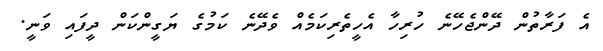
އެ ފަރާތުން ދޭންޖެހޭނެ ހުރިހާ އެހީތެރިކަމެއް ވެދޭނެ ކަމުގެ ޔަގީންކަން ދީފައި ވަނީ.